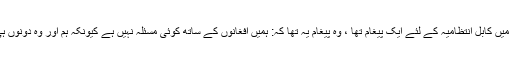
انہوں نے جو آخری بات کی وہ افغانوں خصوصا کابل انتظامیہ سے متعلق تھی جس میں کابل انتظامیہ کے لئے ایک پیغام تھا ، وہ پیغام یہ تھا کہ: ہمیں افغانوں کے ساتھ کوئی مسئلہ نہیں ہے کیونکہ ہم اور وہ دونوں ہی افغان ہیں ہمارے درمیان جتنے بھی مسائل ہیں وہ ہم خود آپس میں حل کریں گے ۔